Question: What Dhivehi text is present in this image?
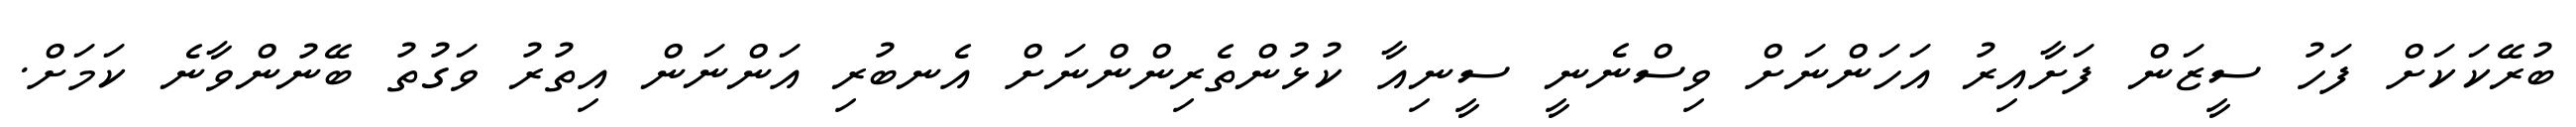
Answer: ބުރޭކަކަށް ފަހު ސީޒަން ފަށާއިރު އަހަންނަށް ވިސްނެނީ ސީނިއާ ކުޅުންތެރިންންނަށް އެނބުރި އަންނަން އިތުރު ވަގުތު ބޭނުންވާނެ ކަމަށް.